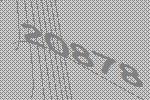
20878